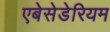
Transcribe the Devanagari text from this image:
एबेसेडेरियम